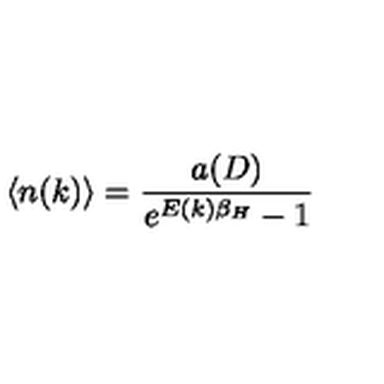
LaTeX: \langle n ( k ) \rangle = \frac { a ( D ) } { e ^ { E ( k ) \beta _ { H } } - 1 }